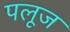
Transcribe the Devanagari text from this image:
पलूज